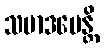
သမာဒပေန္တိ